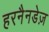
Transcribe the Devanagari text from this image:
हरनैनडेज़